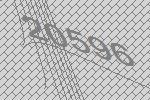
20596